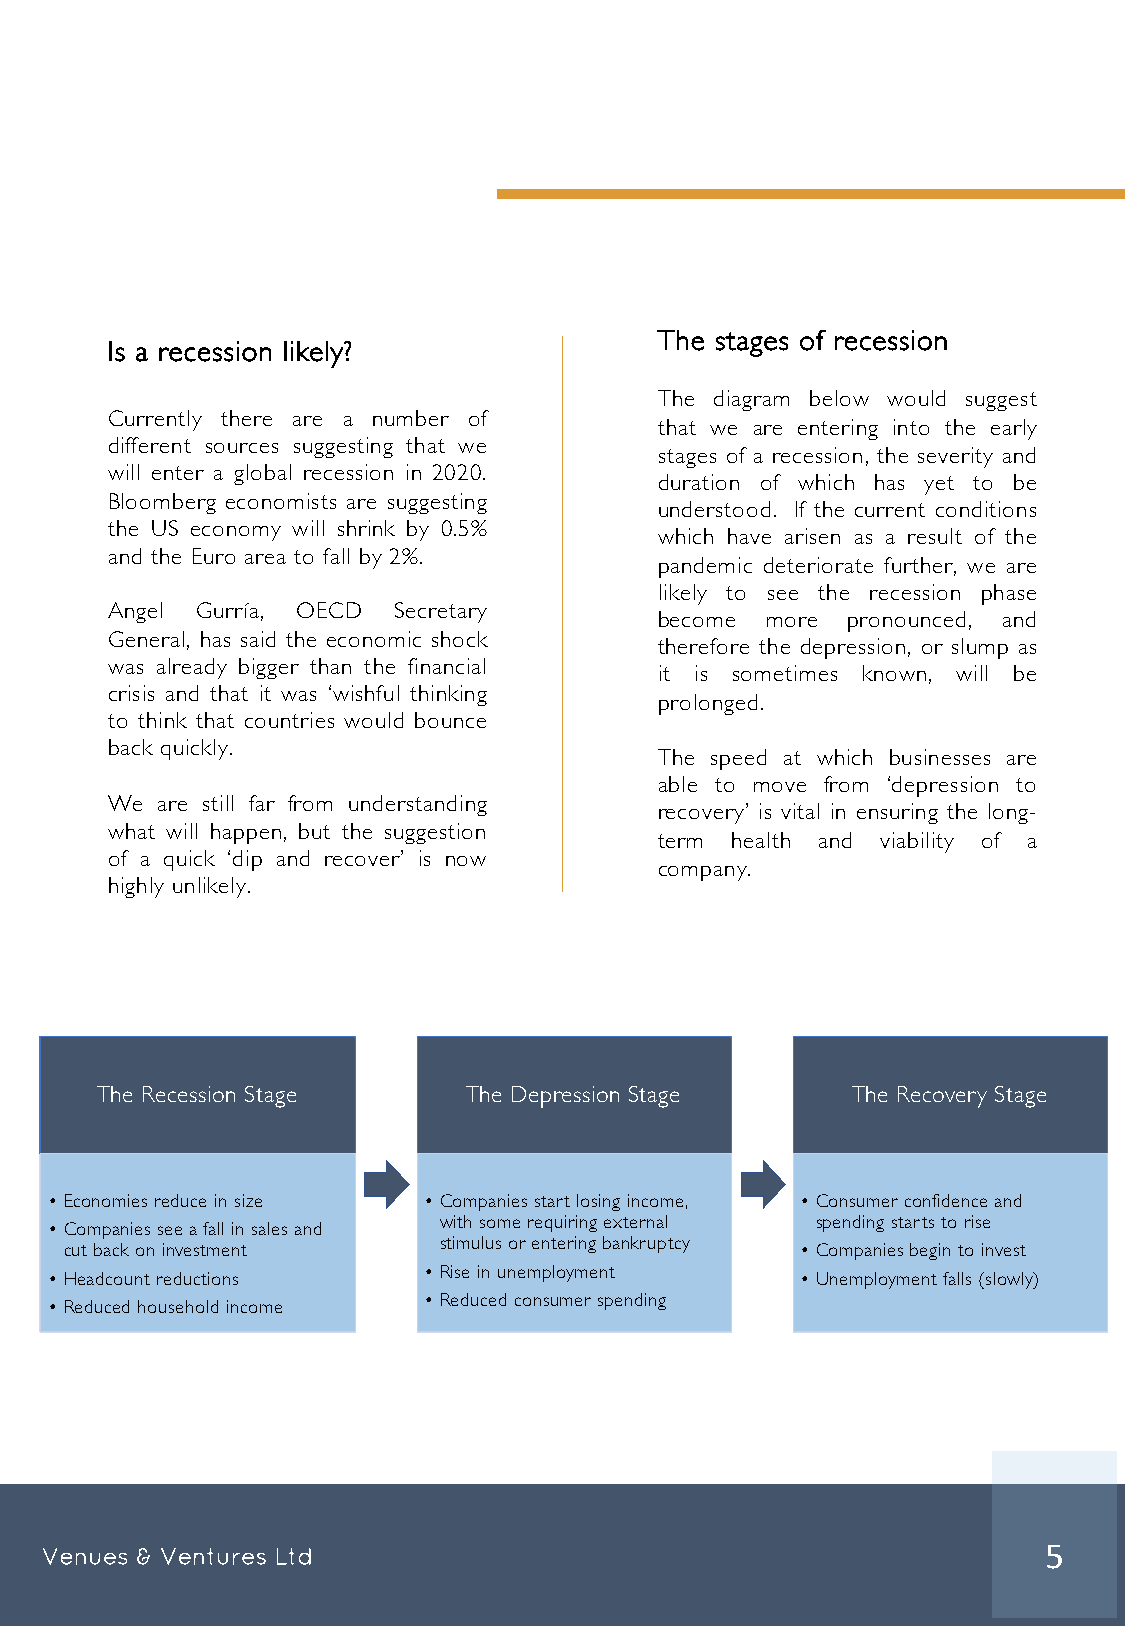
The stages of recession
 Is a recession likely?
 The diagram below would suggest
 Currently there are a number of
 that we are entering into the early
 different sources suggesting that we
 stages of a recession, the severity and
 will enter a global recession in 2020.
 duration of which has yet to be
 Bloomberg economists are suggesting
 understood. If the current conditions
 the US economy will shrink by 0.5%
 which have arisen as a result of the
 and the Euro area to fall by 2%.
 pandemic deteriorate further, we are
 likely to see the recession phase
 Angel Gurría, OECD Secretary
 become more pronounced, and
 General, has said the economic shock
 therefore the depression, or slump as
 was already bigger than the financial
 it is sometimes known, will be
 crisis and that it was ‘wishful thinking
 prolonged.
 to think that countries would bounce
 back quickly.
 The speed at which businesses are
 able to move from ‘depression to
 We are still far from understanding
 recovery’ is vital in ensuring the long-
 what will happen, but the suggestion
 term health and viability of a
 of a quick ‘dip and recover’ is now
 company.
 highly unlikely.
 The Recession Stage      The Depression Stage     The Recovery Stage
 • Economies reduce in size • Companies start losing income, • Consumer confidence and
 with some requiring external spending starts to rise
 • Companies see a fall in sales and
 stimulus or entering bankruptcy
 cut back on investment                           • Companies begin to invest
 • Rise in unemployment
 • Headcount reductions                            • Unemployment falls (slowly)
 • Reduced consumer spending
 • Reduced household income
 Venues & Ventures Ltd                                             5